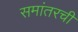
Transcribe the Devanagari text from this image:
समांतरची